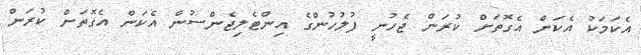
އެކަމަކު އެކަން އެގޮތަށް ކުރަން ޖެހުނީ ފުލުހުންގެ އިންޓެލިޖެންސުން އެކަން އެގޮތަށް ކުރަން